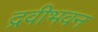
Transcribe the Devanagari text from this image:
द्रवीभवन